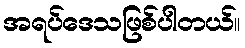
အရပ်ဒေသဖြစ်ပါတယ်။